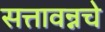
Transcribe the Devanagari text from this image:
सत्तावन्नचे